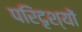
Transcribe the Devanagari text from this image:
परिदृश्‍यों